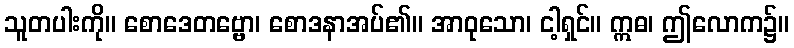
သူတပါးကို။ စောဒေတဗ္ဗော၊ စောဒနာအပ်၏။ အာဝုသော၊ ငါ့ရှင်။ ဣဓ၊ ဤလောက၌။